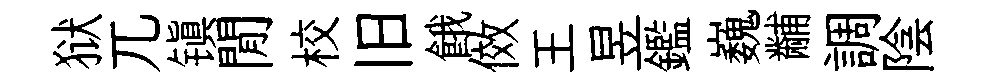
狱兀镇閒校旧餓傚王昱鑑巍黼調陰